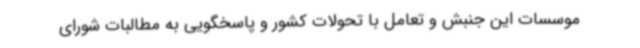
موسسات این جنبش و تعامل با تحولات کشور و پاسخگویی به مطالبات شورای